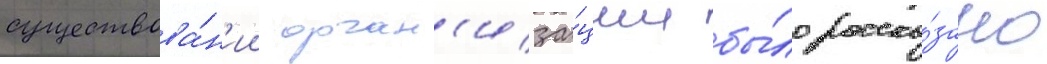
существова́н'ии орган'иза́ции бы́ло расска́зано